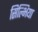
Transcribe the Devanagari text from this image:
सिल्भिया